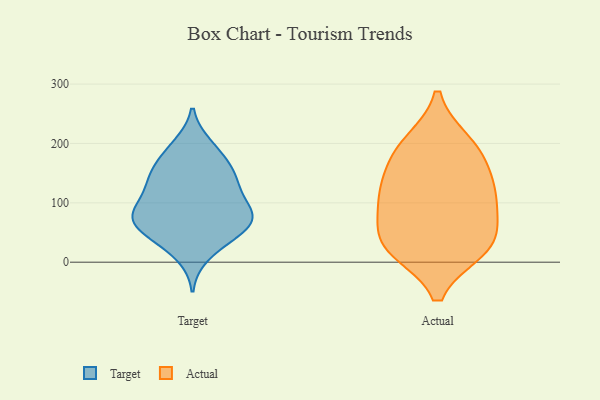
{"axis": {"x": "Population (Million)", "y": "Value"}, "legend": ["Actual", "Target"], "data": [{"x": "", "y": 68, "type": "Target"}, {"x": "", "y": 68, "type": "Target"}, {"x": "", "y": 193, "type": "Target"}, {"x": "", "y": 74, "type": "Target"}, {"x": "", "y": 69, "type": "Target"}, {"x": "", "y": 168, "type": "Target"}, {"x": "", "y": 123, "type": "Target"}, {"x": "", "y": 12, "type": "Target"}, {"x": "", "y": 38, "type": "Target"}, {"x": "", "y": 156, "type": "Target"}, {"x": "", "y": 147, "type": "Target"}, {"x": "", "y": 146, "type": "Target"}, {"x": "", "y": 39, "type": "Target"}, {"x": "", "y": 103, "type": "Target"}, {"x": "", "y": 81, "type": "Target"}, {"x": "", "y": 62, "type": "Target"}, {"x": "", "y": 78, "type": "Target"}, {"x": "", "y": 104, "type": "Target"}, {"x": "", "y": 131, "type": "Target"}, {"x": "", "y": 197, "type": "Target"}, {"x": "", "y": 36, "type": "Actual"}, {"x": "", "y": 192, "type": "Actual"}, {"x": "", "y": 103, "type": "Actual"}, {"x": "", "y": 90, "type": "Actual"}, {"x": "", "y": 23, "type": "Actual"}, {"x": "", "y": 115, "type": "Actual"}, {"x": "", "y": 29, "type": "Actual"}, {"x": "", "y": 30, "type": "Actual"}, {"x": "", "y": 169, "type": "Actual"}, {"x": "", "y": 130, "type": "Actual"}, {"x": "", "y": 200, "type": "Actual"}]}